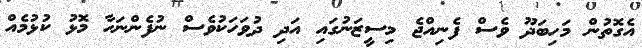
އެގޮތުން މަހިބަދޫ ވެސް ފެނިއްޖެ މިސީޒަނުގައި އަދި ދުވަހަކުވެސް ނުފެންނަހާ މޮޅު ކުޅުމެއް